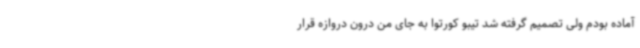
آماده بودم ولی تصمیم گرفته شد تیبو کورتوا به جای من درون دروازه قرار